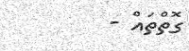
ގޮތްތައް -